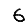
Digit: 6